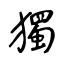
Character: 獨